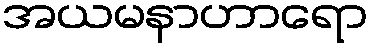
အယမနာဟာရော